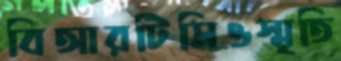
বিআরটিসিওস্মৃতি